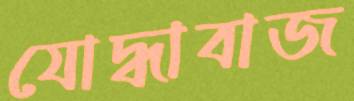
যোদ্ধাবাজ